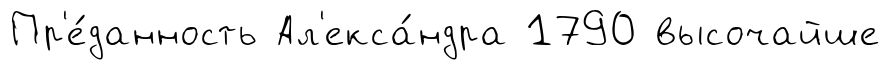
Пр'е́данность Ал'екса́ндра 1790 высочайше